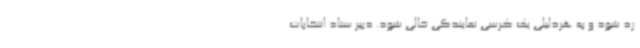
رد شود و به هردلیلی یک کرسی نمایندگی خالی شود. دبیر ستاد انتخابات